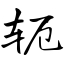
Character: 轭